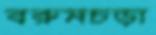
বরুমচড়া